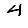
Digit: 4